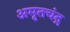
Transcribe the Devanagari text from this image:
अमृतचंद्र